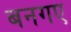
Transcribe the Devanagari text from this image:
बनगए